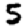
Digit: 5